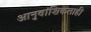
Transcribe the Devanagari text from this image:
आनुवांशिकताही